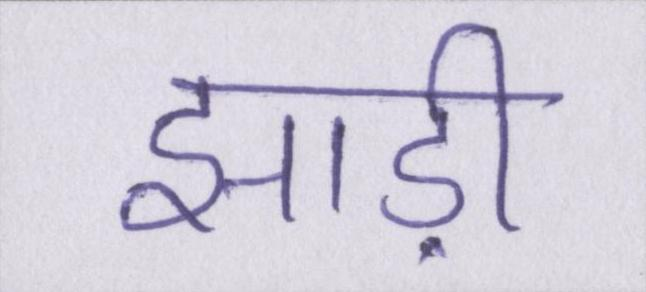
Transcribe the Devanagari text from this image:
झाड़ी